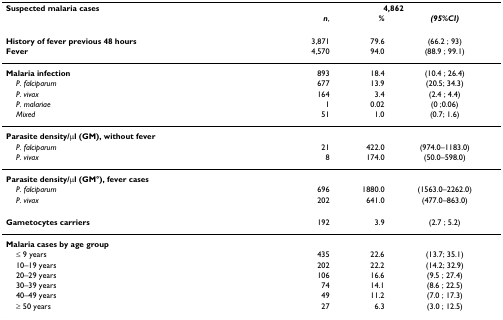
<table><thead><tr><td><b>Suspected malaria cases</b></td><td colspan="3"><b>4,862</b></td></tr><tr><td></td><td><b><i>n</i>,</b></td><td><b><i>%</i></b></td><td><b><i>(95%CI)</i></b></td></tr></thead><tbody><tr><td><b>History of fever previous 48 hours</b></td><td>3,871</td><td>79.6</td><td>(66.2 ; 93)</td></tr><tr><td><b>Fever</b></td><td>4,570</td><td>94.0</td><td>(88.9 ; 99.1)</td></tr><tr><td><b>Malaria infection</b></td><td>893</td><td>18.4</td><td>(10.4 ; 26.4)</td></tr><tr><td> <i>P. falciparum</i></td><td>677</td><td>13.9</td><td>(20.5; 34.3)</td></tr><tr><td> <i>P. vivax</i></td><td>164</td><td>3.4</td><td>(2.4 ; 4.4)</td></tr><tr><td> <i>P. malariae</i></td><td>1</td><td>0.02</td><td>(0 ;0.06)</td></tr><tr><td> <i>Mixed</i></td><td>51</td><td>1.0</td><td>(0.7; 1.6)</td></tr><tr><td><b>Parasite density/μl (GM), without fever</b></td><td></td><td></td><td></td></tr><tr><td> <i>P. falciparum</i></td><td>21</td><td>422.0</td><td>(974.0–1183.0)</td></tr><tr><td> <i>P. vivax</i></td><td>8</td><td>174.0</td><td>(50.0–598.0)</td></tr><tr><td><b>Parasite density/μl (GM°), fever cases</b></td><td></td><td></td><td></td></tr><tr><td> <i>P. falciparum</i></td><td>696</td><td>1880.0</td><td>(1563.0–2262.0)</td></tr><tr><td> <i>P. vivax</i></td><td>202</td><td>641.0</td><td>(477.0–863.0)</td></tr><tr><td><b>Gametocytes carriers</b></td><td>192</td><td>3.9</td><td>(2.7 ; 5.2)</td></tr><tr><td><b>Malaria cases by age group</b></td><td></td><td></td><td></td></tr><tr><td> ≤ 9 years</td><td>435</td><td>22.6</td><td>(13.7; 35.1)</td></tr><tr><td> 10–19 years</td><td>202</td><td>22.2</td><td>(14.2; 32.9)</td></tr><tr><td> 20–29 years</td><td>106</td><td>16.6</td><td>(9.5 ; 27.4)</td></tr><tr><td> 30–39 years</td><td>74</td><td>14.1</td><td>(8.6 ; 22.5)</td></tr><tr><td> 40–49 years</td><td>49</td><td>11.2</td><td>(7.0 ; 17.3)</td></tr><tr><td> ≥ 50 years</td><td>27</td><td>6.3</td><td>(3.0 ; 12.5)</td></tr></tbody></table>